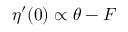
\eta ^ { \prime } ( 0 ) \propto \theta - F